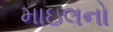
માઇલનો